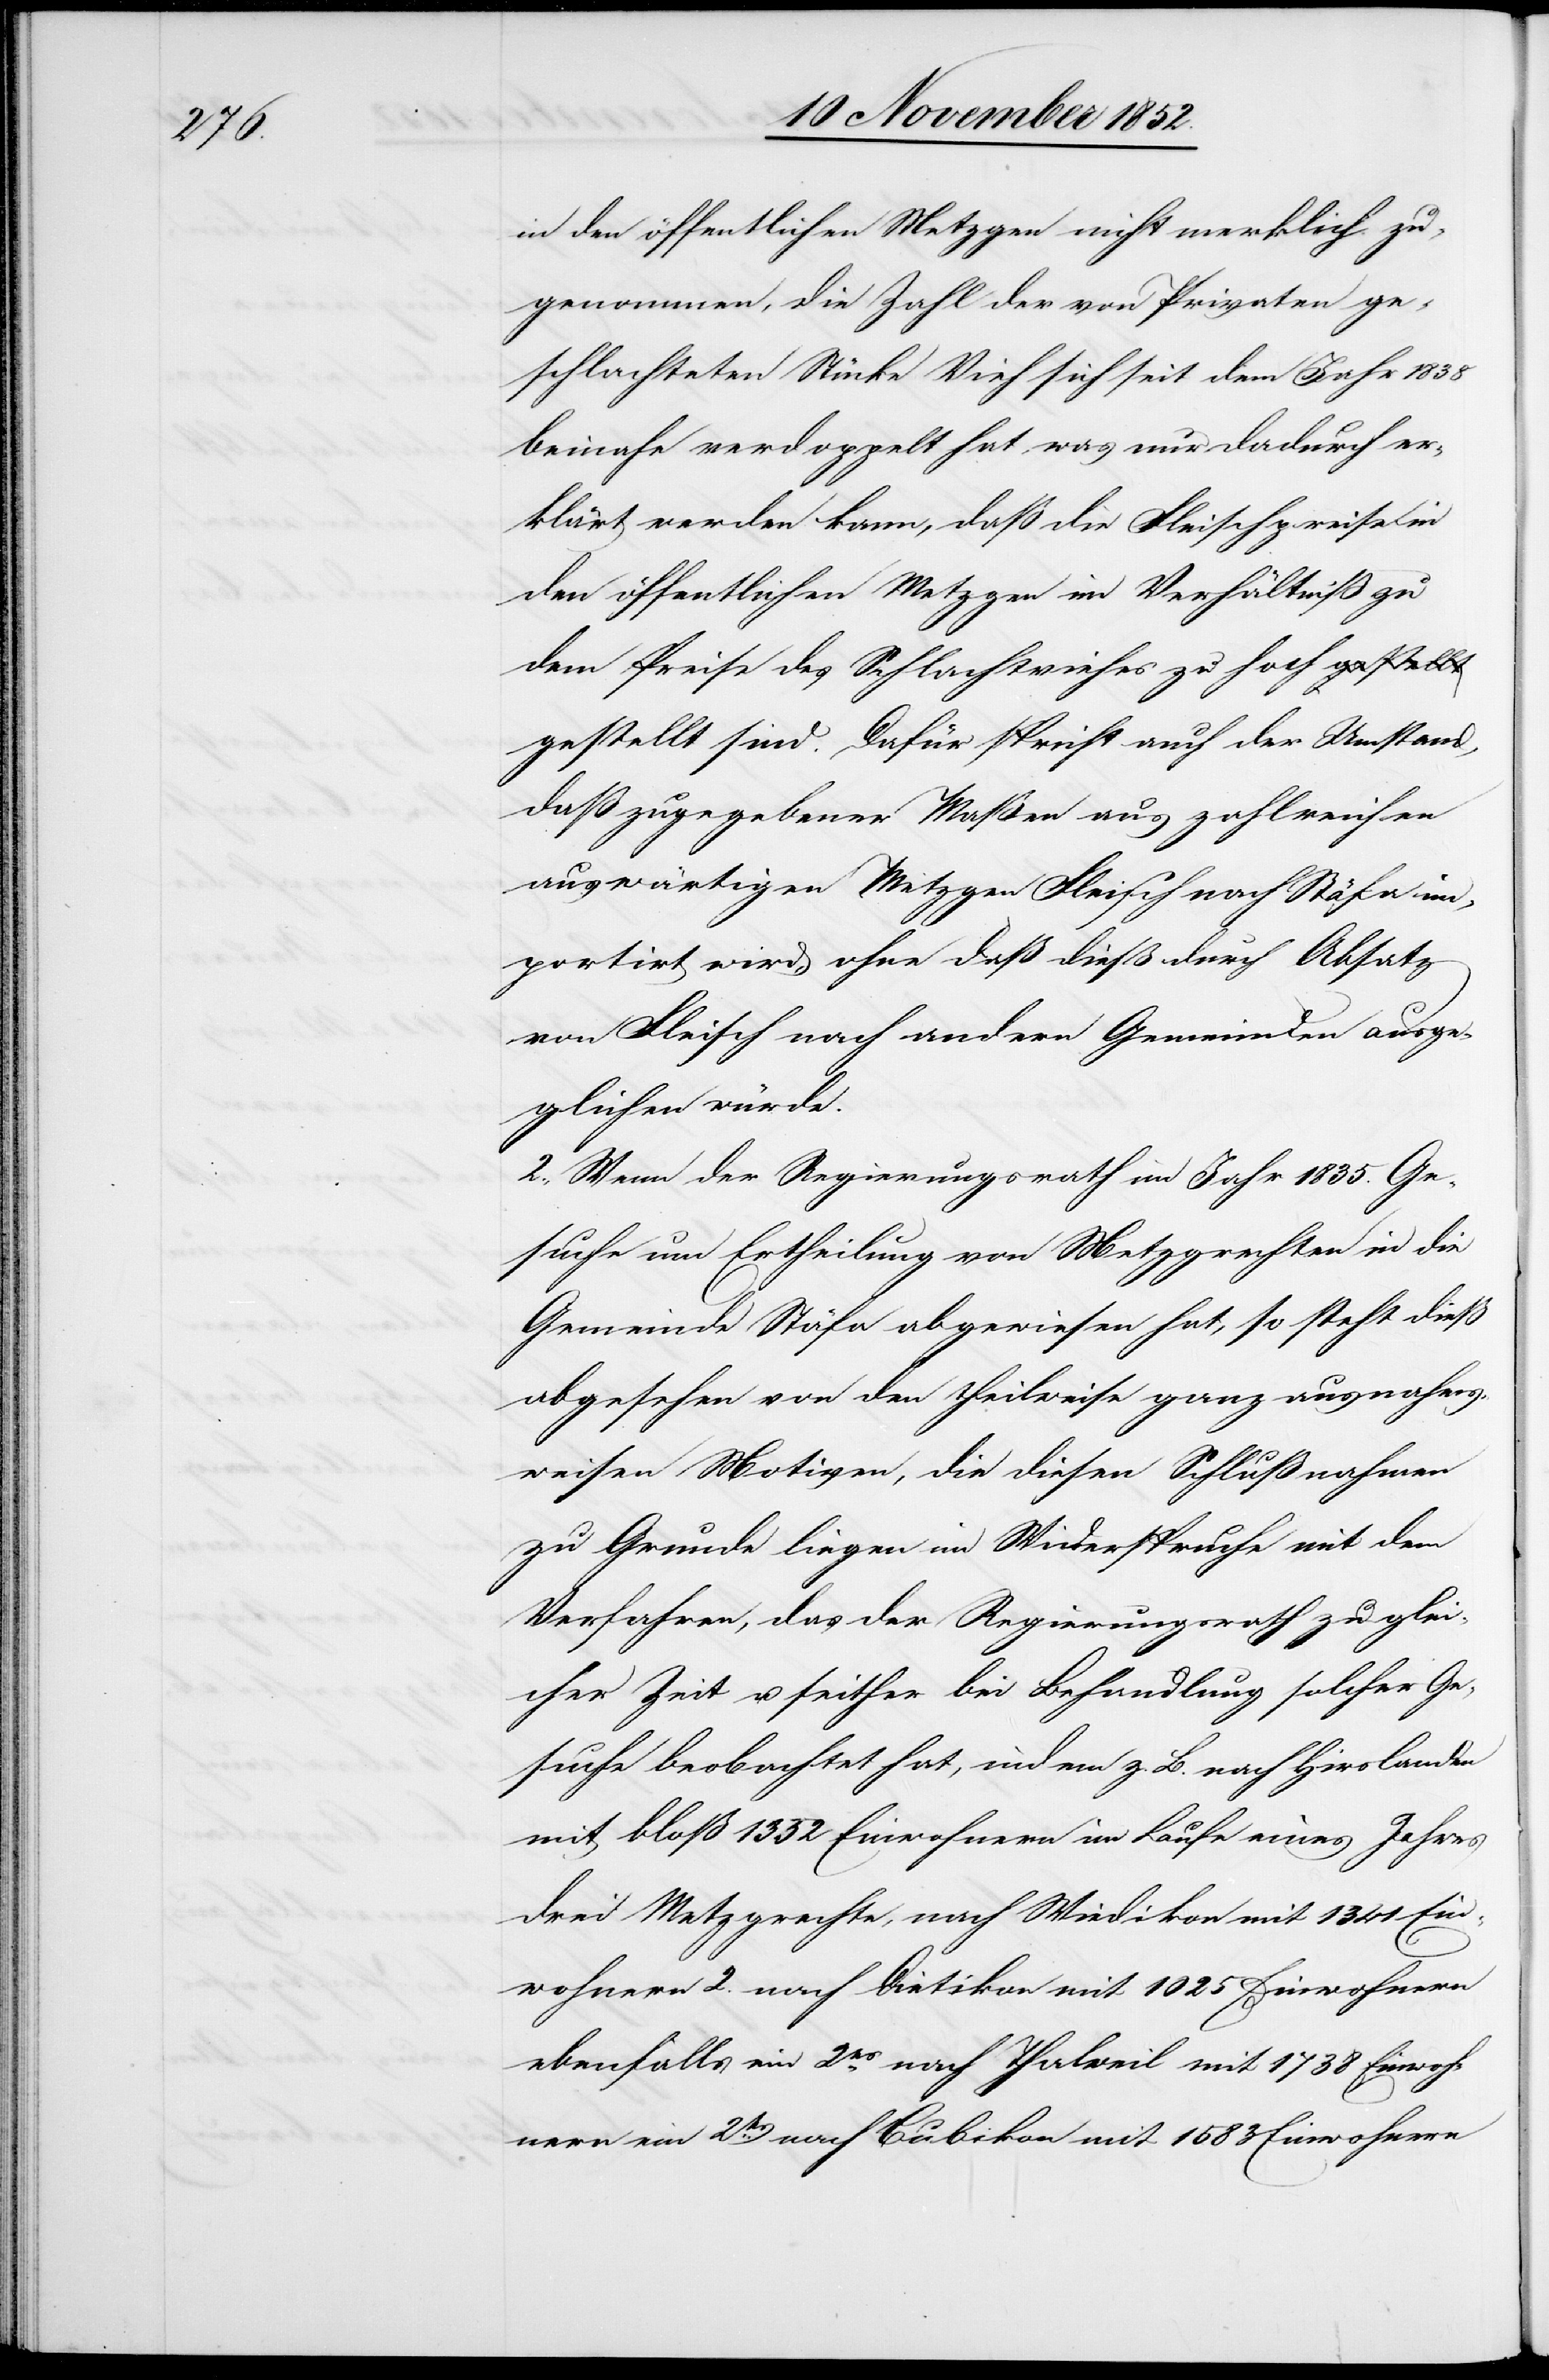
in den öffentlichen Metzgen nicht merklich zu¬
genommen, die Zahl der von Privaten ge¬
schlachteten Stücke Vieh sich seit dem Jahr 1838
beinahe verdoppelt hat, was nur dadurch er¬
klärt werden kann, daß die Fleischpreise in
den öffentlichen Metzgen im Verhältniß zu
dem Preise des Schlachtviehes zu hoch gestellt
daß zugegebener Maßen aus zahlreichen
auswärtigen Metzgen Fleisch nach Stäfa im¬
portirt wird, ohne daß dieß durch Absatz
von Fleisch nach andern Gemeinden ausge¬
glichen würde.
2., Wenn der Regierungsrath im Jahr 1835. Ge¬
suche um Ertheilung von Metzgrechten in die
Gemeinde Stäfa abgewiesen hat, so steht dieß
abgesehen von den theilweise ganz ausnahms¬
weisen Motiven, die diesen Schlußnahmen
zu Grunde liegen im Widerspruche mit dem
Verfahren, das der Regierungsrath zu glei¬
cher Zeit u. seither bei Behandlung solcher Ge¬
suche beobachtet hat, indem z. B. nach Hirslanden
mit bloß 1352 Einwohnern im Laufe eines Jahres
drei Metzgrechte, nach Wiedikon mit 1341 Ein¬
wohnern 2.[,] nach Dietikon mit 1025 Einwohnern
ebenfalls ein 2es.[,] nach Thalweil mit 1738 Einwoh¬
nern ein 2ts.[,] nach Bubikon mit 1583 Einwohnern